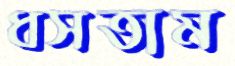
ধসতাম